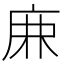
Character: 𢈘